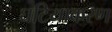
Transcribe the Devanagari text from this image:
घटियाकरण